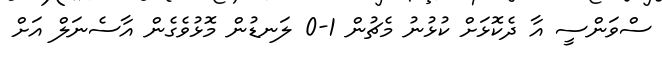
ސްވަންސީ އާ ދެކޮޅަށް ކުޅުނު މެޗުން 1-0 ލަނޑުން މޮޅުވެގެން އާސެނަލް އަށް